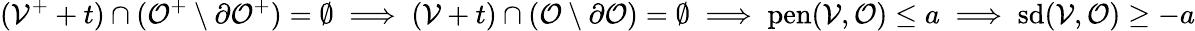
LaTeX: (\mathcal{V}^{+}+t)\cap(\mathcal{O}^{+}\setminus\partial\mathcal{O}^{+})=\emptyset\implies(\mathcal{V}+t)\cap(\mathcal{O}\setminus\partial\mathcal{O})=\emptyset\implies\mathrm{pen}(\mathcal{V},\mathcal{O})\leq a\implies\textup{sd}(\mathcal{V},\mathcal{O})\geq-a